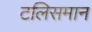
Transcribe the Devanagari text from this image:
टलिसमान